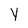
Character: y